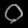
Digit: ၀